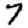
Digit: 7